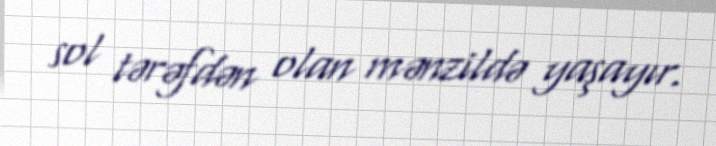
sol tərəfdən olan mənzildə yaşayır.